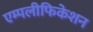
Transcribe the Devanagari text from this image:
एम्पलीफिकेशन